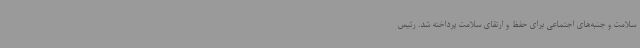
سلامت و جنبه‌های اجتماعی برای حفظ و ارتقای سلامت پرداخته شد. رئیس